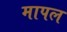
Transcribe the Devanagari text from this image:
मापल